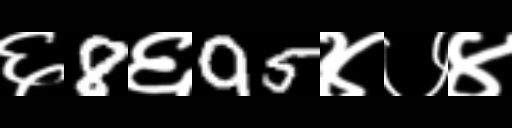
Text: ६8६95४७४